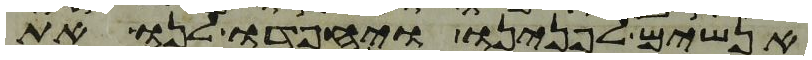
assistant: אנשים לפנינו ויחפדו לנו את